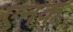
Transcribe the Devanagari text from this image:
एनक